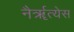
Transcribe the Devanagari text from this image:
नैर्ॠत्येस